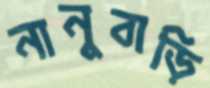
নানুবাড়ি